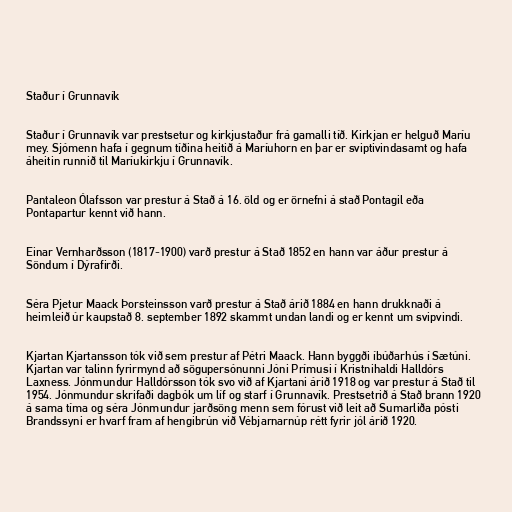
Staður í Grunnavík

Staður í Grunnavík var prestsetur og kirkjustaður frá gamalli tíð. Kirkjan er helguð Maríu
mey. Sjómenn hafa í gegnum tíðina heitið á Maríuhorn en þar er sviptivindasamt og hafa
áheitin runnið til Maríukirkju í Grunnavík.

Pantaleon Ólafsson var prestur á Stað á 16. öld og er örnefni á stað Pontagil eða
Pontapartur kennt við hann.

Einar Vernharðsson (1817-1900) varð prestur á Stað 1852 en hann var áður prestur á
Söndum í Dýrafirði.

Séra Pjetur Maack Þorsteinsson varð prestur á Stað árið 1884 en hann drukknaði á
heimleið úr kaupstað 8. september 1892 skammt undan landi og er kennt um svipvindi.

Kjartan Kjartansson tók við sem prestur af Pétri Maack. Hann byggði íbúðarhús í Sætúni.
Kjartan var talinn fyrirmynd að sögupersónunni Jóni Prímusi í Kristnihaldi Halldórs
Laxness. Jónmundur Halldórsson tók svo við af Kjartani árið 1918 og var prestur á Stað til
1954. Jónmundur skrifaði dagbók um líf og starf í Grunnavík. Prestsetrið á Stað brann 1920
á sama tíma og séra Jónmundur jarðsöng menn sem fórust við leit að Sumarliða pósti
Brandssyni er hvarf fram af hengibrún við Vébjarnarnúp rétt fyrir jól árið 1920.